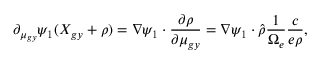
\partial _ { \mu _ { g y } } \psi _ { 1 } ( \boldsymbol { X } _ { g y } + \boldsymbol { \rho } ) = \nabla \psi _ { 1 } \boldsymbol { \cdot } \frac { \partial \boldsymbol { \rho } } { \partial \mu _ { g y } } = \nabla \psi _ { 1 } \boldsymbol { \cdot } \hat { \boldsymbol { \rho } } \frac { 1 } { \Omega _ { e } } \frac { c } { e \rho } ,